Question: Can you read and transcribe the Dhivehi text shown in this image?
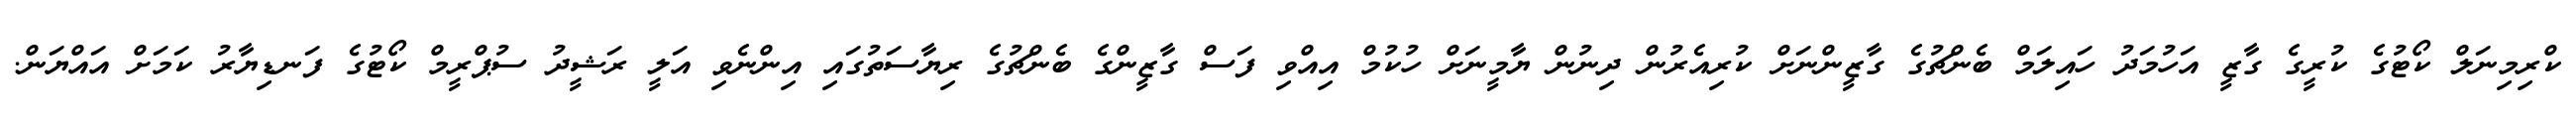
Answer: ކްރިމިނަލް ކޯޓުގެ ކުރީގެ ގާޒީ އަހުމަދު ހައިލަމް ބެންޗުގެ ގާޒީންނަށް ކުރިއެރުން ދިނުން ޔާމީނަށް ހުކުމް އިއްވި ފަސް ގާޒީންގެ ބެންޗުގެ ރިޔާސަތުގައި އިންނެވި އަލީ ރަޝީދު ސުޕްރީމް ކޯޓުގެ ފަނޑިޔާރު ކަމަށް އައްޔަން.